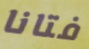
فتانا